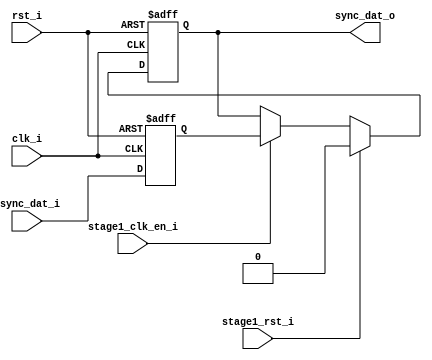
//////////////////////////////////////////////////////////////////////
////                                                              ////
////  uart_sync_flops.v                                             ////
////                                                              ////
////                                                              ////
////  This file is part of the "UART 16550 compatible" project    ////
////  http://www.opencores.org/cores/uart16550/                   ////
////                                                              ////
////  Documentation related to this project:                      ////
////  - http://www.opencores.org/cores/uart16550/                 ////
////                                                              ////
////  Projects compatibility:                                     ////
////  - WISHBONE                                                  ////
////  RS232 Protocol                                              ////
////  16550D uart (mostly supported)                              ////
////                                                              ////
////  Overview (main Features):                                   ////
////  UART core receiver logic                                    ////
////                                                              ////
////  Known problems (limits):                                    ////
////  None known                                                  ////
////                                                              ////
////  To Do:                                                      ////
////  Thourough testing.                                          ////
////                                                              ////
////  Author(s):                                                  ////
////      - Andrej Erzen (andreje@flextronics.si)                 ////
////      - Tadej Markovic (tadejm@flextronics.si)                ////
////                                                              ////
////  Last Updated:   2004/05/20                                  ////
////                  (See log for the revision history)          ////
////                                                              ////
////                                                              ////
//////////////////////////////////////////////////////////////////////
////                                                              ////
//// Copyright (C) 2000, 2001 Authors                             ////
////                                                              ////
//// This source file may be used and distributed without         ////
//// restriction provided that this copyright statement is not    ////
//// removed from the file and that any derivative work contains  ////
//// the original copyright notice and the associated disclaimer. ////
////                                                              ////
//// This source file is free software; you can redistribute it   ////
//// and/or modify it under the terms of the GNU Lesser General   ////
//// Public License as published by the Free Software Foundation; ////
//// either version 2.1 of the License, or (at your option) any   ////
//// later version.                                               ////
////                                                              ////
//// This source is distributed in the hope that it will be       ////
//// useful, but WITHOUT ANY WARRANTY; without even the implied   ////
//// warranty of MERCHANTABILITY or FITNESS FOR A PARTICULAR      ////
//// PURPOSE.  See the GNU Lesser General Public License for more ////
//// details.                                                     ////
////                                                              ////
//// You should have received a copy of the GNU Lesser General    ////
//// Public License along with this source; if not, download it   ////
//// from http://www.opencores.org/lgpl.shtml                     ////
////                                                              ////
//////////////////////////////////////////////////////////////////////
//
// CVS Revision History
//
// $Log: uart_sync_flops.v,v $
// Revision 1.1  2004/05/21 11:43:25  tadejm
// Added to synchronize RX input to Wishbone clock.
//
//
// synopsys translate_off
`timescale 1ns/1ns
// synopsys translate_on

module uart_sync_flops
(
  // internal signals
  rst_i,
  clk_i,
  stage1_rst_i,
  stage1_clk_en_i,
  async_dat_i,
  sync_dat_o
);

parameter Tp            = 1;
parameter width         = 1;
parameter init_value    = 1'b0;

input                           rst_i;                  // reset input
input                           clk_i;                  // clock input
input                           stage1_rst_i;           // synchronous reset for stage 1 FF
input                           stage1_clk_en_i;        // synchronous clock enable for stage 1 FF
input   [width-1:0]             async_dat_i;            // asynchronous data input
output  [width-1:0]             sync_dat_o;             // synchronous data output


//
// Interal signal declarations
//

reg     [width-1:0]             sync_dat_o;
reg     [width-1:0]             flop_0;


// first stage
always @ (posedge clk_i or posedge rst_i)
begin
    if (rst_i)
        flop_0 <= #Tp {width{init_value}};
    else
        flop_0 <= #Tp async_dat_i;
end

// second stage
always @ (posedge clk_i or posedge rst_i)
begin
    if (rst_i)
        sync_dat_o <= #Tp {width{init_value}};
    else if (stage1_rst_i)
        sync_dat_o <= #Tp {width{init_value}};
    else if (stage1_clk_en_i)
        sync_dat_o <= #Tp flop_0;
end

endmodule